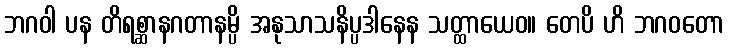
ဘဂဝါ ပန တိရစ္ဆာနဂတာနမ္ပိ အနုသာသနိပ္ပဒါနေန သတ္ထာယေဝ။ တေပိ ဟိ ဘဂဝတော